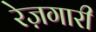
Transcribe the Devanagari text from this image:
रेज़गारी